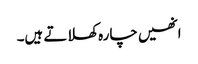
انھیں چارہ کھلاتے ہیں۔